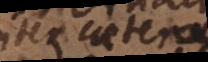
in caetera